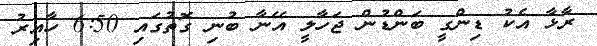
ރާޅާ އެކު ޑިންގީ ބަންޑުން ޖަހާލީ އޭނާ ބުނި ގޮތުގައި 6:50 ހާއިރު